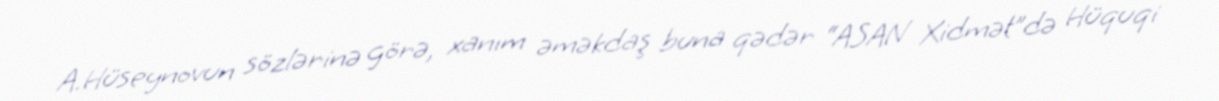
A.Hüseynovun sözlərinə görə, xanım əməkdaş buna qədər “ASAN Xidmət”də Hüquqi